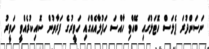
ނަސަންދުރަ ޕެލަސް ހޮޓަލުގައި ބޭއްވި ހާއްސަ ހަފުލާއެއްގައި ހަވީރުގެ ފަރާތުން ސޮއިކުރެއްވީ ހަވީރު